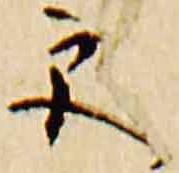
更